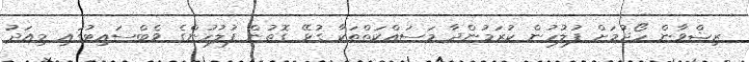
ރިޟްވާން ހޯދުމަށް ފުލުހުން ކުރަމުންދާ މަސައްކަތްތަކާ ގުޅޭ ގޮތުން ފުލުހުންގެ ވެބްސައިޓުގައި މިއަދު